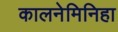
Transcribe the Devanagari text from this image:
कालनेमिनिहा